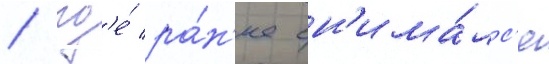
/ гд'е́ ра́н'ее сн'има́лс'я